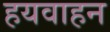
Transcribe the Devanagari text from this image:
हयवाहन